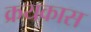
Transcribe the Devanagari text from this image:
क्रयकास